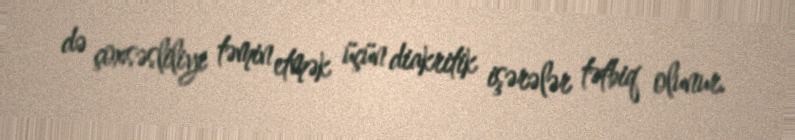
də çoxsəsliliyi təmin etmək üçün diakritik işərələr tətbiq olunur.